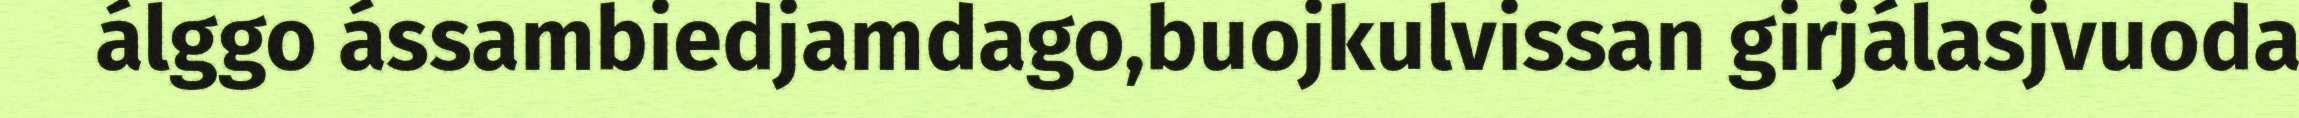
álggo ássambiedjamdago,buojkulvissan girjálasjvuoda